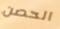
الحصن